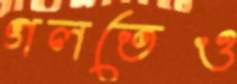
গলতেও